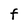
Character: F